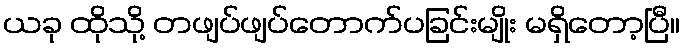
ယခု ထိုသို့ တဖျပ်ဖျပ်တောက်ပခြင်းမျိုး မရှိတော့ပြီ။